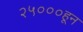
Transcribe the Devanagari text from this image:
२५०००हून